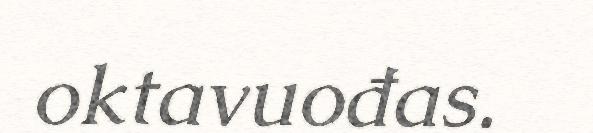
oktavuođas.